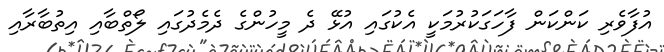
އުފާވެރި ކަންކަން ފާހަގަކުރުމަކީ އެކުގައި އުޅޭ ދެ މީހުންގެ ދެމެދުގައި ލޯތްބާއި އިތުބާރާއި